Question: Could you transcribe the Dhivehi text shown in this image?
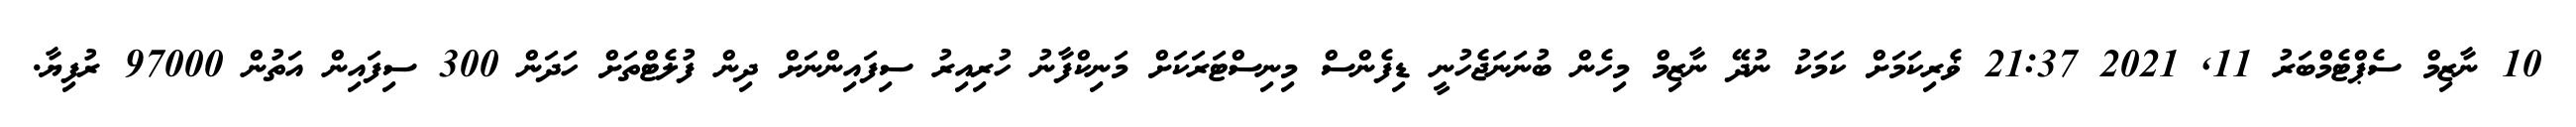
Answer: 10 ނާޒިމް ސެޕްޓެމްބަރު 11, 2021 21:37 ޥެރިކަމަށް ކަމަކު ނުދޭ ނާޒިމް މިހެން ބުނަނަޖެހުނީ ޑިފެންސް މިނިސްޓަރަކަށް މަނިކްފާނު ހުރިއިރު ސިފައިންނަށް ދިން ފުލެޓްތަށް ހަދަން 300 ސިފައިން އަތުން 97000 ރުފިޔާ.